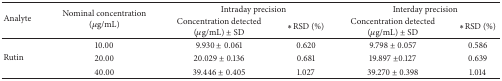
<table><thead><tr><td rowspan="2"><b>Analyte</b></td><td rowspan="2"><b>Nominal concentration (<i>μ</i>g/mL)</b></td><td colspan="2"><b> Intraday precision</b></td><td colspan="2"><b> Interday precision</b></td></tr><tr><td><b>Concentration detected (<i>μ</i>g/mL) ± SD</b></td><td><b><i>∗</i>RSD (%)</b></td><td><b>Concentration detected (<i>μ</i>g/mL) ± SD </b></td><td><b><i>∗</i>RSD (%)</b></td></tr></thead><tbody><tr><td rowspan="3">Rutin</td><td>10.00</td><td>9.930 ± 0.061</td><td>0.620</td><td>9.798 ± 0.057</td><td>0.586</td></tr><tr><td>20.00</td><td>20.029 ± 0.136</td><td>0.681</td><td>19.897 ±0.127</td><td>0.639</td></tr><tr><td>40.00</td><td>39.446 ± 0.405</td><td>1.027</td><td>39.270 ± 0.398</td><td>1.014</td></tr></tbody></table>